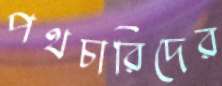
পথচারিদের